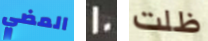
المضي 20 ظلت